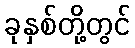
ခုနှစ်တို့တွင်